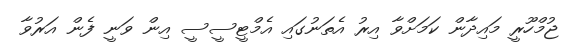
ޖުމްހޫރީ މައިދާން ކަމަށްވާ އިރު އެތަނުގައި އެމްޓީސީސީ އިން ވަނީ ފެން އަރުވާ